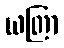
ယတြာ